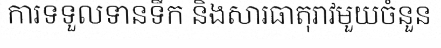
ការទទួលទានទឹក និងសារធាតុរាវមួយចំនួន